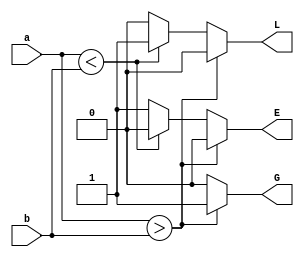
`timescale 1ns / 1ps
//////////////////////////////////////////////////////////////////////////////////
// Company: 
// Engineer: 
// 
// Design Name: 
// Module Name:    comparator_n_bit 
// Project Name: 
// Target Devices: 
// Tool versions: 
// Description: 
//
// Dependencies: 
//
// Revision: 
// Revision 0.01 - File Created
// Additional Comments: 
//
//////////////////////////////////////////////////////////////////////////////////
module comparator_n_bit(a,b,L,G,E);
parameter n=32;
input [n-1:0]a,b;
output L,G,E;
reg L=0,G=0,E=0;
always @ (a,b)
begin
if(a>b)
begin
L=0;E=0;G=1;
end
else if (a<b)
begin
L=1;E=0;G=0;
end
else
begin
L=0;E=1;G=0;
end
end
endmodule